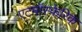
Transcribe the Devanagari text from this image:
एटमॉस्फेरिक